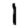
Digit: 1